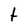
Character: t